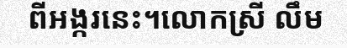
ពីអង្ករនេះ។លោកស្រី លឹម